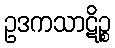
ဥဒကသာဋိဉ္စ